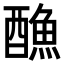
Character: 𨢭